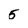
Character: 5